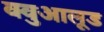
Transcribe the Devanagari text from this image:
क्वुआलूड